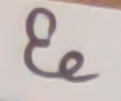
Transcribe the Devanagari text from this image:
ए